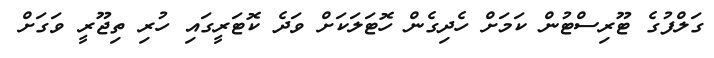
ގަލްފުގެ ޓޫރިސްޓުން ކަމަށް ހެދިގެން ހޮޓަލަކަށް ވަދެ ކޮޓަރީގައި ހުރި ތިޖޫރީ ވަގަށް